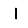
Digit: 1